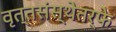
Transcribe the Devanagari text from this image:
वृत्तसंस्थेतर्फे